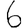
Digit: 6